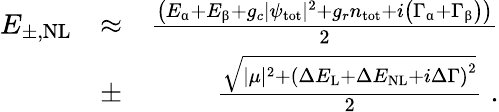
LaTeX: \begin{array}{rlr}{E_{\pm,\mathrm{NL}}}&{\approx}&{\frac{\left(E_{\upalpha}+E_{\upbeta}+g_{c}|\psi_{\mathrm{tot}}|^{2}+g_{r}n_{\mathrm{tot}}+i\left(\Gamma_{\upalpha}+\Gamma_{\upbeta}\right)\right)}{2}}\\ &{\pm}&{\frac{\sqrt{|\mu|^{2}+\left(\Delta E_{\mathrm{L}}+\Delta E_{\mathrm{NL}}+i\Delta\Gamma\right)^{2}}}{2}\; .}\end{array}